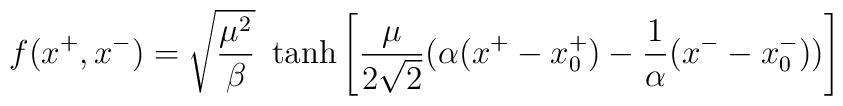
f(x^+,x^-) = \sqrt\frac{\mu^2}{\beta} ~\tanh{\left[\frac{\mu}{2 \sqrt 2}(\alpha(x^+ - x_0^+)-\frac{1}{\alpha}(x^- - x_0^-))\right]}